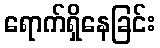
ရောက်ရှိနေခြင်း